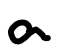
Text: a
Cross-out: clean
Writing tool: digital_black